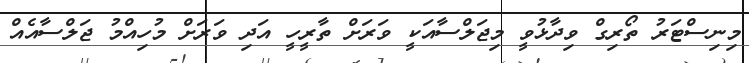
މިނިސްޓަރު ތޯރިގް ވިދާޅުވީ މިޖަލްސާއަކީ ވަރަށް ތާރީހީ އަދި ވަރަށް މުހިއްމު ޖަލްސާއެއް